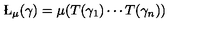
\L _ { \mu } ( \gamma ) = \mu ( T ( \gamma _ { 1 } ) \cdots T ( \gamma _ { n } ) )